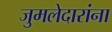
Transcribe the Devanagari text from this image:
जुमलेदारांना